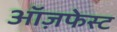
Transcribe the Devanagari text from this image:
ऑज़फेस्ट